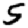
Digit: 5